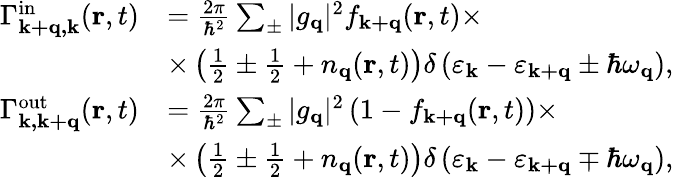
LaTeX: \begin{array}{rl}{\Gamma_{\mathbf{k+q,k}}^{\mathrm{in}}(\mathbf{r},t)}&{=\frac{2\pi}{\hbar^{2}}\sum_{\pm}|g_{\mathbf{q}}|^{2}f_{\mathbf{k+q}}(\mathbf{r},t)\times}\\ &{\times\left(\frac{1}{2}\pm\frac{1}{2}+n_{\mathbf{q}}(\mathbf{r},t)\right)\delta\left(\varepsilon_{\mathbf{k}}-\varepsilon_{\mathbf{k+q}}\pm\hbar\omega_{\mathbf{q}}\right),}\\ {\Gamma_{\mathbf{k,k+q}}^{\mathrm{out}}(\mathbf{r},t)}&{=\frac{2\pi}{\hbar^{2}}\sum_{\pm}|g_{\mathbf{q}}|^{2}\left(1-f_{\mathbf{k+q}}(\mathbf{r},t)\right)\times}\\ &{\times\left(\frac{1}{2}\pm\frac{1}{2}+n_{\mathbf{q}}(\mathbf{r},t)\right)\delta\left(\varepsilon_{\mathbf{k}}-\varepsilon_{\mathbf{k+q}}\mp\hbar\omega_{\mathbf{q}}\right),}\end{array}